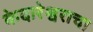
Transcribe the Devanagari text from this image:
केदारेश्वराचा